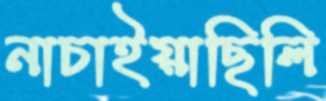
নাচাইয়াছিলি